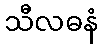
သီလဓနံ